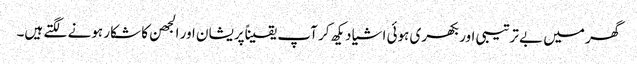
گھر میں بے ترتیبی اور بکھری ہوئی اشیا دیکھ کر آپ یقیناًپریشان اور الجھن کا شکار ہونے لگتے ہیں۔